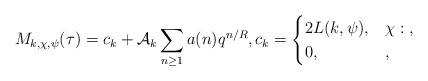
LaTeX: \begin{align*} M_{k,\chi,\psi}(\tau)=c_k+\mathcal{A}_k\sum_{n\geq 1}a(n)q^{n/R}, c_k=\begin{cases}2L(k,\psi),&\chi:\;,\\0,&,\end{cases}\end{align*}